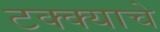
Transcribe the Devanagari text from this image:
टक्क्याचे